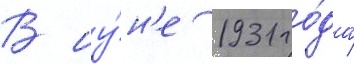
В иу́н'е 1931 го́да